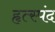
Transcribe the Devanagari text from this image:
हृत्स्पंद